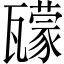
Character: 𤮠